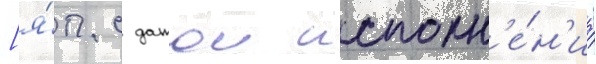
[я́п. с датои исполн'е́н'иа